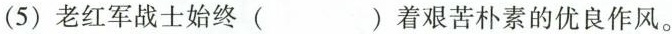
(5)老红军战士始终( )着艰苦朴素的优良作风。